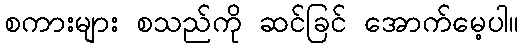
စကားများ စသည်ကို ဆင်ခြင် အောက်မေ့ပါ။